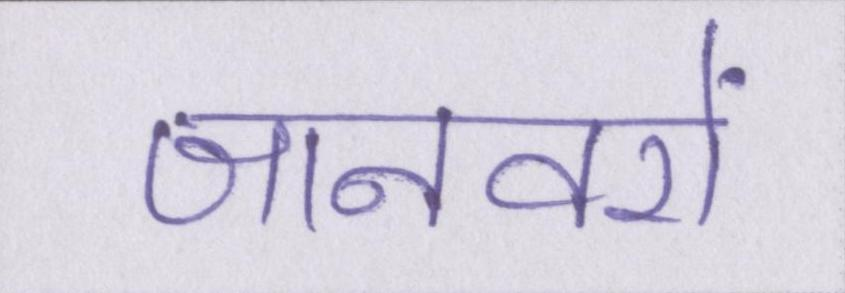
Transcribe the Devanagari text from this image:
जानवरों